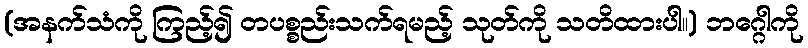
(အနက်သံကို ကြည့်၍ တပစ္စည်းသက်ရမည့် သုတ်ကို သတိထားပါ။) ဘဂ္ဂေါကို